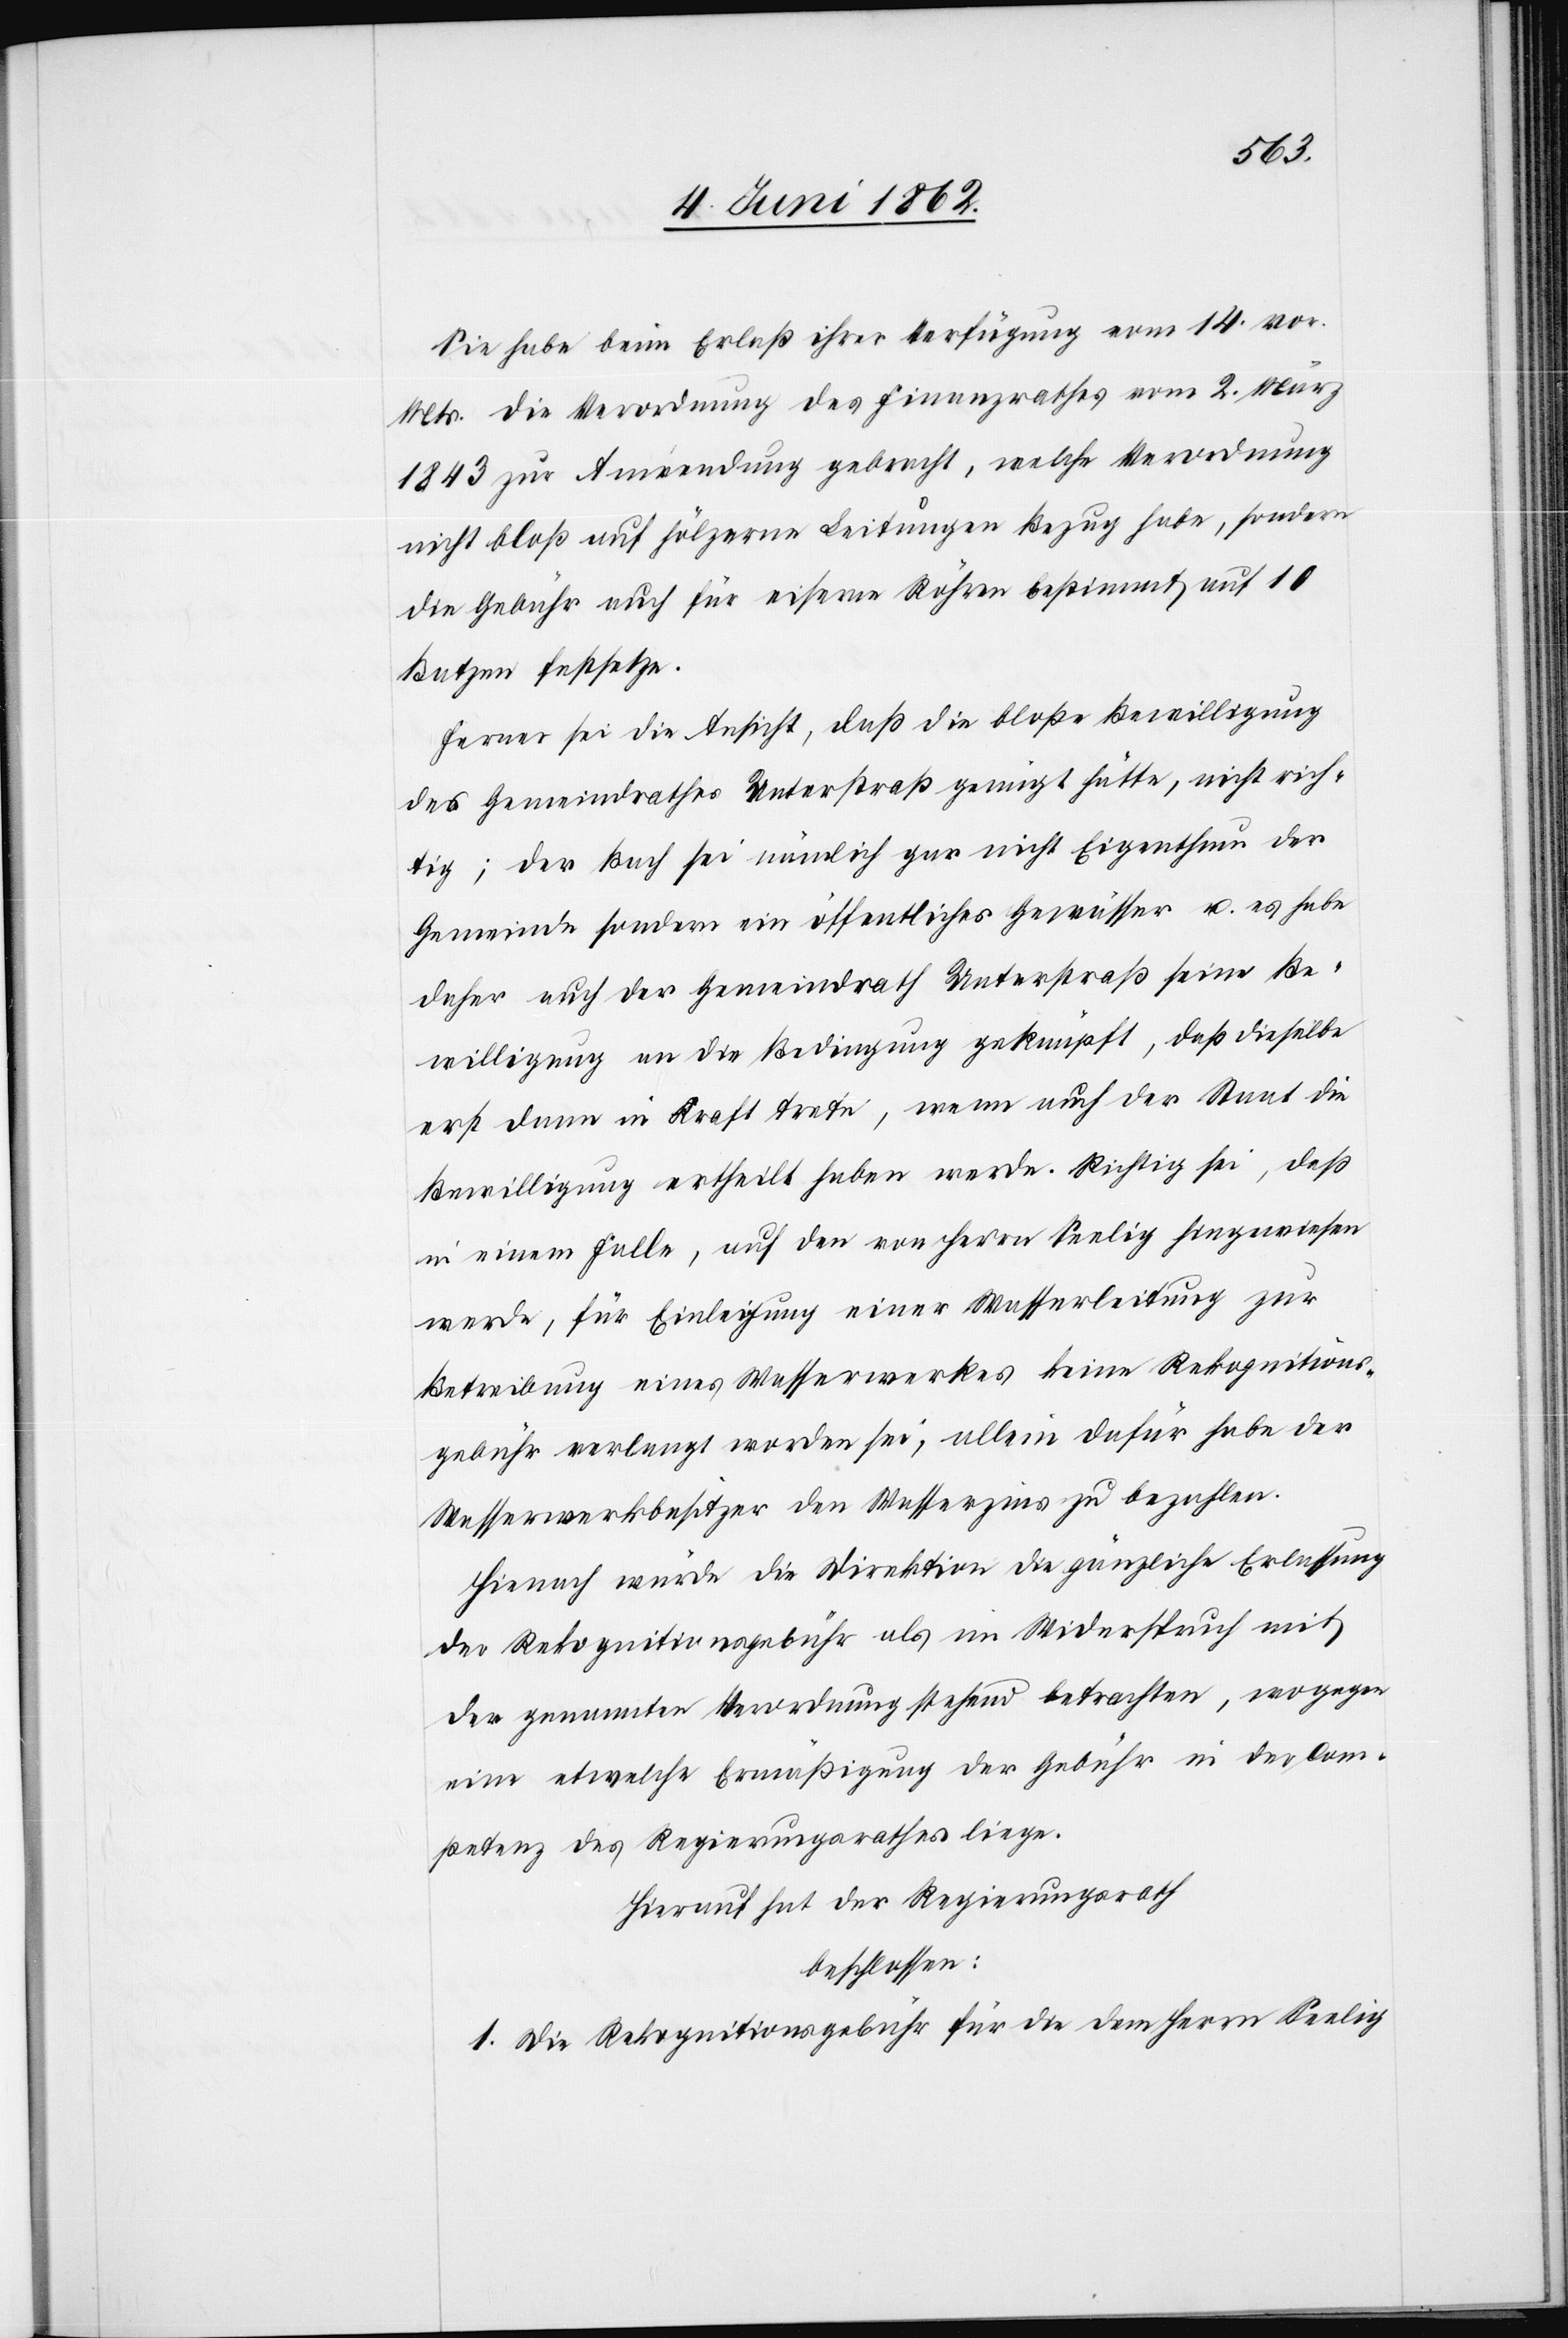
Sie habe beim Erlaß ihrer Verfügung vom 14. vor.
Mts. die Verordnung des Finanzrathes vom 2. März
1843 zur Anwendung gebracht, welche Verordnung
nicht bloß auf hölzerne Leitungen Bezug habe, sondern
die Gebühr auch für eiserne Röhren bestimmt auf 10
Batzen festsetzte.
Ferner sei die Ansicht, daß die bloße Bewilligung
des Gemeindrathes Unterstraß geneigt hätte, nicht rich¬
tig; der Bach sei nämlich gar nicht Eigenthum der
Gemeinde sondern ein öffentliches Gewässer u. es habe
daher auch der Gemeindrath Unterstraß seine Be¬
willigung an die Bedingung geknüpft, daß dieselbe
erst dann in Kraft trete, wenn auch der Staat die
Bewilligung ertheilt haben werde. Richtig sei, daß
in einem Falle, auf den von Herrn Seelig hingewiesen
werde, für Einlegung einer Wasserleitung zur
Betreibung eines Wasserwerkes keine Rekognitions¬
gebühr verlangt worden sei, allein dafür habe der
Wasserwerksbesitzer den Wasserzins zu bezahlen.
Hienach würde die Direktion die gänzliche Erlassung
der Rekognitionsgebühr als im Widerspruch mit
der genannten Verordnung stehend betrachten, wogegen
eine etwelche Ermäßigung der Gebühr in der Com¬
petenz des Regierungsrathes liege.
Hierauf hat der Regierungsrath
beschlossen:
1. Die Rekognitionsgebühr für die dem Herrn Seelig